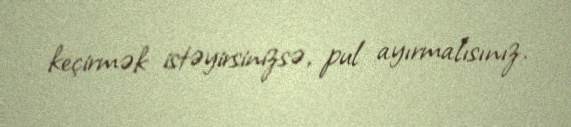
keçirmək istəyirsinizsə, pul ayırmalısınız.